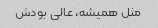
مثل همیشه، عالی بودش